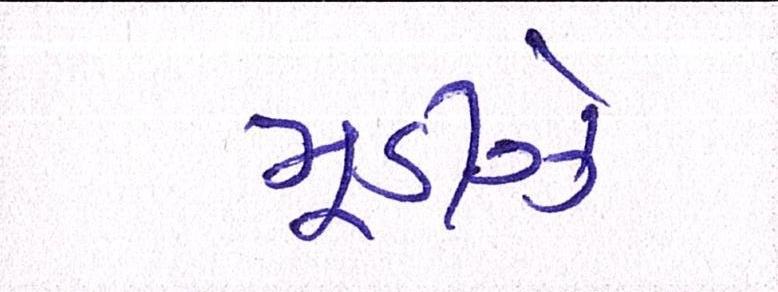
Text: મૂડીઝે